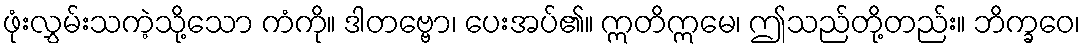
ဖုံးလွှမ်းသကဲ့သို့သော ကံကို။ ဒါတဗ္ဗော၊ ပေးအပ်၏။ ဣတိဣမေ၊ ဤသည်တို့တည်း။ ဘိက္ခဝေ၊